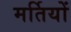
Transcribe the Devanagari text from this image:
मर्तियों